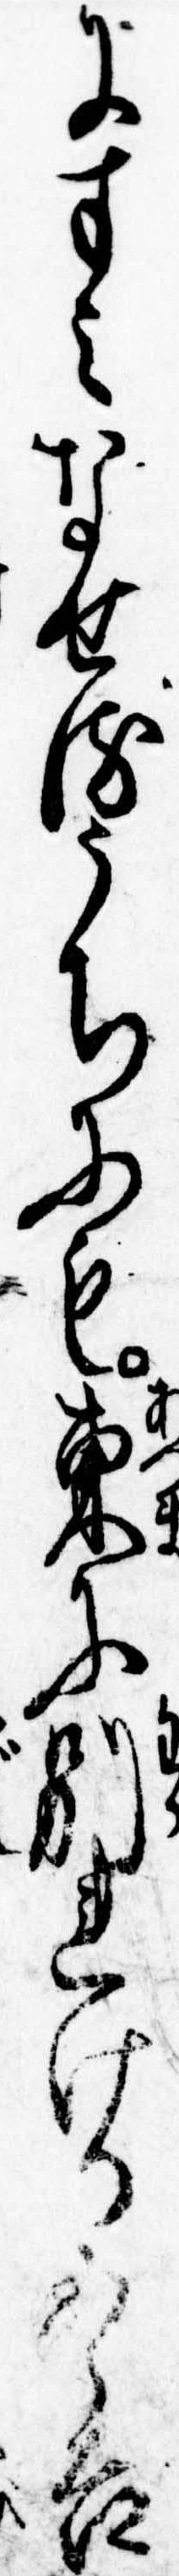
にすみなせるうちにも東に別れける五郎吉